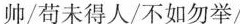
帅/苟未得人/不如勿举